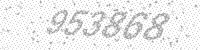
Solution: 953868